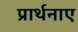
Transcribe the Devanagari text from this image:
प्रार्थनाए